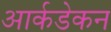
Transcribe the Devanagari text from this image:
आर्कडेकन